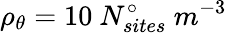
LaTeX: \rho_{\theta}=10\ N_{sites}^{\circ}\ m^{-3}